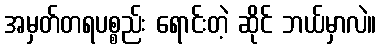
အမှတ်တရပစ္စည်း ရောင်းတဲ့ ဆိုင် ဘယ်မှာလဲ။